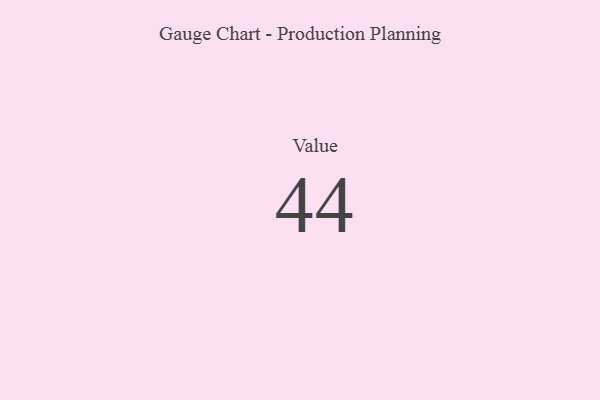
{"axis": {"x": "Metric", "y": "Value"}, "legend": [""], "data": [{"x": "Value", "y": 44, "type": ""}]}